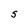
Character: S